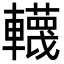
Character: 䡸